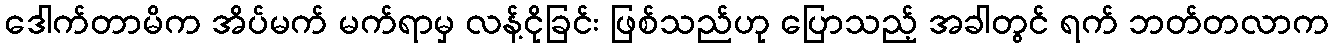
ဒေါက်တာမိက အိပ်မက် မက်ရာမှ လန့်ငိုခြင်း ဖြစ်သည်ဟု ပြောသည့် အခါတွင် ရက် ဘတ်တလာက